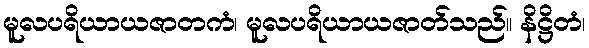
မူလပရိယာယဇာတကံ၊ မူလပရိယာယဇာတ်သည်။ နိဋ္ဌိတံ၊